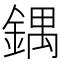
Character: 鍝